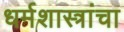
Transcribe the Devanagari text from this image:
धर्मशास्त्रांचा